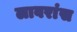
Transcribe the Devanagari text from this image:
लावरांस